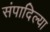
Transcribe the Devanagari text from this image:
संपादिल्या